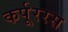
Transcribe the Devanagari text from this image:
कर्पूररस